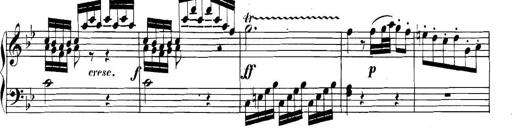
Title: Collected Piano Sonatas
Composer: Muzio Clementi